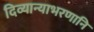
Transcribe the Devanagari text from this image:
दिव्यान्याभरणानि